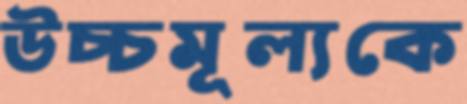
উচ্চমূল্যকে